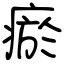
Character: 瘀